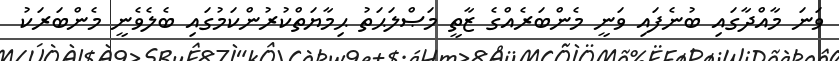
ވަނަ މާއްދާގައި ބުނެފައި ވަނީ މެންބަރެއްގެ ޒާތީ މަޞްލަޙަތު ޙިމާޔަތްކުރުންކަމުގައި ބެލެވެނީ މެންބަރަކު